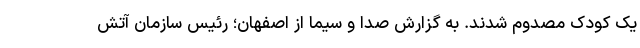
یک کودک مصدوم شدند. به گزارش صدا و سیما از اصفهان؛ رئیس سازمان آتش